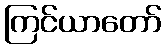
ကြင်ယာတော်